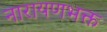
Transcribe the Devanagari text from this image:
नारायणभक्त